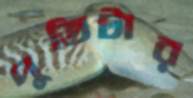
পুতিটার